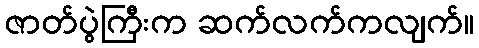
ဇာတ်ပွဲကြီးက ဆက်လက်ကလျက်။